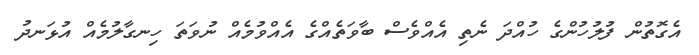
އެގޮތުން ފުލުހުންގެ ހުއްދަ ނެތި އެއްވެސް ބާވަތެއްގެ އެއްވުމެއް ނުވަތަ ހިނގާލުމެއް އުޅަނދު